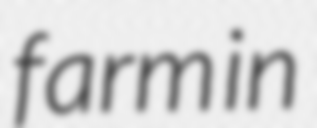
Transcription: farm in